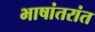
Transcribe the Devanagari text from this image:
भाषांतरांत